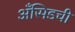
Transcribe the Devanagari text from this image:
अँसिडची